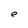
Character: e